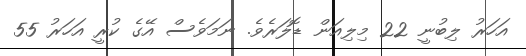
އަހަރު ލިބުނީ 22 މިލިއަން ޑޮލަރެވެ. ނަމަވެސް އޭގެ ކުރީ އަހަރު 55